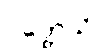
ဝတ္တေသိ